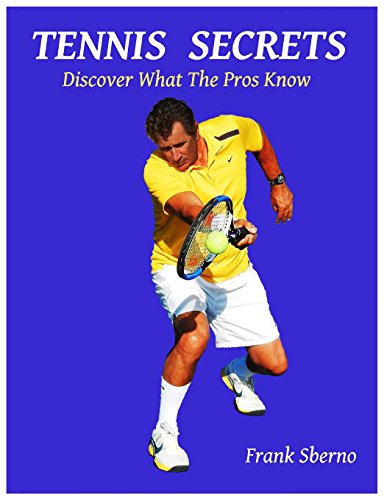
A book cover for Tennis Secrets: Discover What the Pros Know; Frank Sberno; Sports & Outdoors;